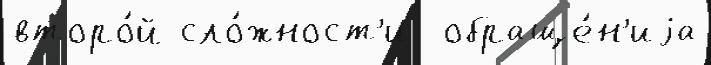
второ́й сло́жност'и  обраще́н'иjа